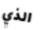
الذي